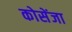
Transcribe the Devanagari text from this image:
कोसेंजा